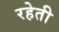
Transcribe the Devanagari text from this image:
रहेती